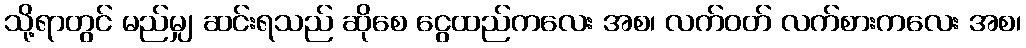
သို့ရာတွင် မည်မျှ ဆင်းရသည် ဆိုစေ ငွေထည်ကလေး အစ၊ လက်ဝတ် လက်စားကလေး အစ၊